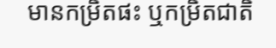
មានកម្រិតផះ ឬកម្រិតជាតិ